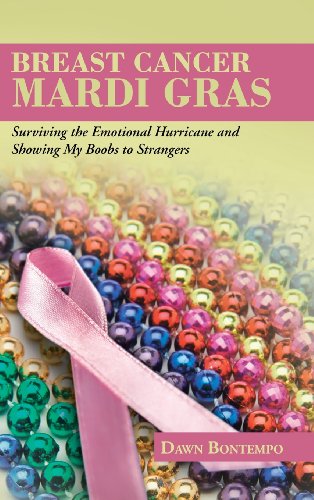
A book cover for Breast Cancer Mardi Gras: Surviving the Emotional Hurricane and Showing My Boobs to Strangers; Dawn Bontempo; Health, Fitness & Dieting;